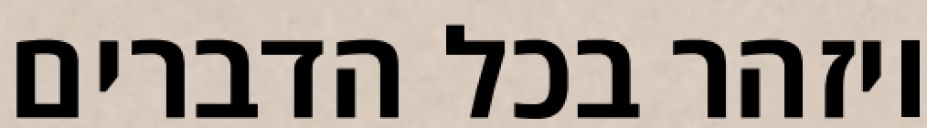
ויזהר בכל הדברים